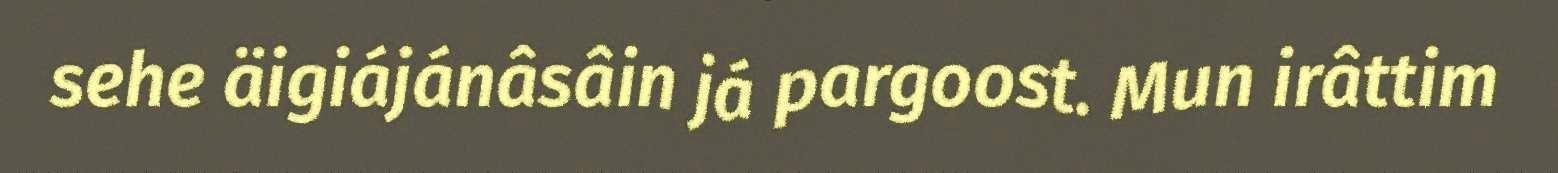
sehe äigiájánâsâin já pargoost. Mun irâttim